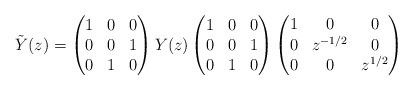
LaTeX: \begin{align*} \tilde{Y}(z) = \begin{pmatrix} 1 & 0 & 0 \\ 0 & 0 & 1 \\ 0 & 1 & 0 \end{pmatrix} Y(z) \begin{pmatrix} 1 & 0 & 0 \\ 0 & 0 & 1 \\ 0 & 1 & 0 \end{pmatrix} \begin{pmatrix} 1 & 0 & 0 \\ 0 & z^{-1/2} & 0 \\ 0 & 0 & z^{1/2} \end{pmatrix} \end{align*}